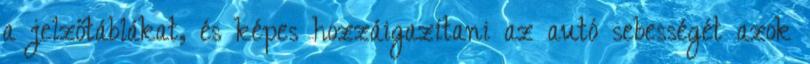
a jelzőtáblákat, és képes hozzáigazítani az autó sebességét azok